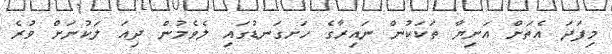
މިފަދަ އެތަށް އަނިޔާ ތަކަކުން ނައިރާގެ ހަށގަނޑުގައި ލެވެމުން ދިއަ ލަކުނަށް ވުރެ